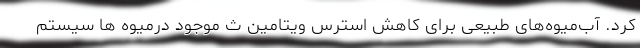
کرد. آب‌میوه‌های طبیعی برای کاهش استرس ویتامین ث موجود درمیوه ها سیستم